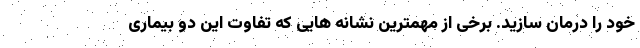
خود را درمان سازید. برخی از مهمترین نشانه هایی که تفاوت این دو بیماری